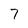
Character: 7